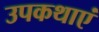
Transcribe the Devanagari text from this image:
उपकथाएं